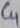
Text: C4